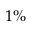
1 \%